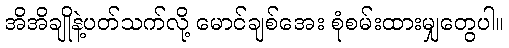
အိအိချိုနဲ့ပတ်သက်လို့ မောင်ချစ်အေး စုံစမ်းထားမျှတွေပါ။